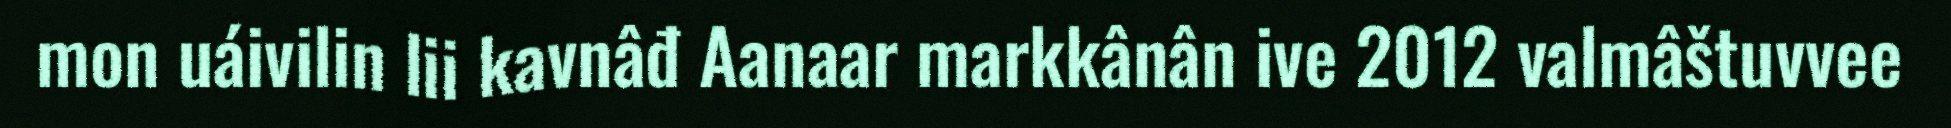
mon uáivilin lii kavnâđ Aanaar markkânân ive 2012 valmâštuvvee